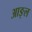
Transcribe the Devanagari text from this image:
आङ्ल